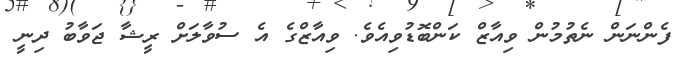
ފެންނަން ނެތުމުން ވިއާޒް ކަންބޮޑުވިިއެވެ. ވިއާޒްގެ އެ ސުވާލަށް ރީޝާ ޖަވާބު ދިނީ